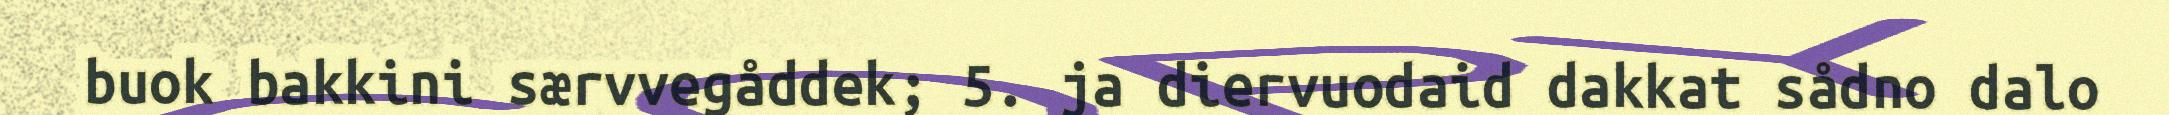
buok bakkini særvvegåddek; 5. ja diervuodaid dakkat sådno dalo